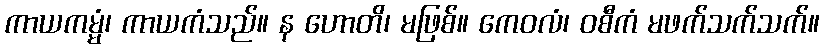
ကာယကမ္မံ၊ ကာယကံသည်။ န ဟောတိ၊ မဖြစ်။ ကေဝလံ၊ ဝစီကံ မဖက်သက်သက်။